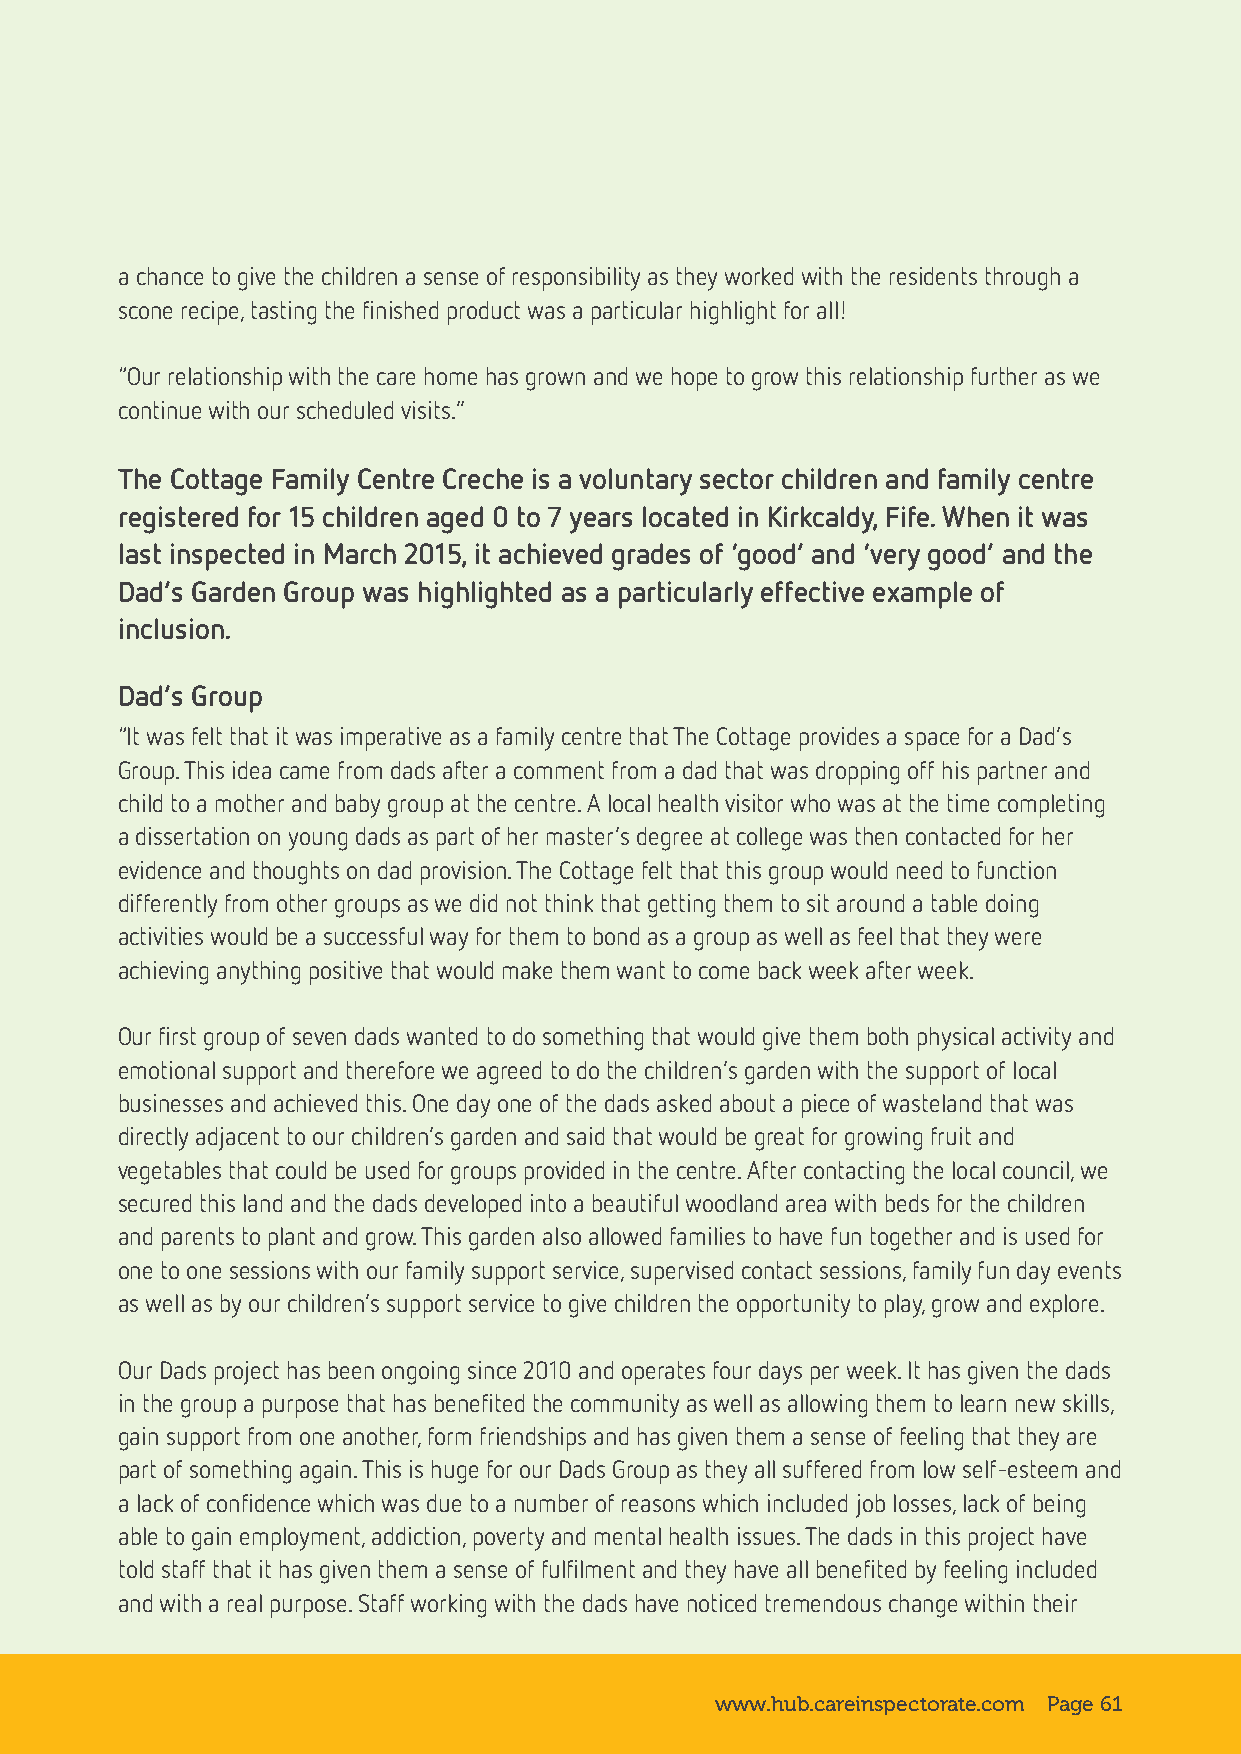
a chance to give the children a sense of responsibility as they worked with the residents through a
 scone recipe, tasting the finished product was a particular highlight for all!
 “Our relationship with the care home has grown and we hope to grow this relationship further as we
 continue with our scheduled visits.”
 The Cottage Family Centre Creche is a voluntary sector children and family centre
 registered for 15 children aged 0 to 7 years located in Kirkcaldy, Fife. When it was
 last inspected in March 2015, it achieved grades of ‘good’ and ‘very good’ and the
 Dad’s Garden Group was highlighted as a particularly effective example of
 inclusion.
 Dad’s Group
 “It was felt that it was imperative as a family centre that The Cottage provides a space for a Dad’s
 Group. This idea came from dads after a comment from a dad that was dropping off his partner and
 child to a mother and baby group at the centre. A local health visitor who was at the time completing
 a dissertation on young dads as part of her master’s degree at college was then contacted for her
 evidence and thoughts on dad provision. The Cottage felt that this group would need to function
 differently from other groups as we did not think that getting them to sit around a table doing
 activities would be a successful way for them to bond as a group as well as feel that they were
 achieving anything positive that would make them want to come back week after week.
 Our first group of seven dads wanted to do something that would give them both physical activity and
 emotional support and therefore we agreed to do the children’s garden with the support of local
 businesses and achieved this. One day one of the dads asked about a piece of wasteland that was
 directly adjacent to our children’s garden and said that would be great for growing fruit and
 vegetables that could be used for groups provided in the centre. After contacting the local council, we
 secured this land and the dads developed into a beautiful woodland area with beds for the children
 and parents to plant and grow. This garden also allowed families to have fun together and is used for
 one to one sessions with our family support service, supervised contact sessions, family fun day events
 as well as by our children’s support service to give children the opportunity to play, grow and explore.
 Our Dads project has been ongoing since 2010 and operates four days per week. It has given the dads
 in the group a purpose that has benefited the community as well as allowing them to learn new skills,
 gain support from one another, form friendships and has given them a sense of feeling that they are
 part of something again. This is huge for our Dads Group as they all suffered from low self-esteem and
 a lack of confidence which was due to a number of reasons which included job losses, lack of being
 able to gain employment, addiction, poverty and mental health issues. The dads in this project have
 told staff that it has given them a sense of fulfilment and they have all benefited by feeling included
 and with a real purpose. Staff working with the dads have noticed tremendous change within their
 www.hub.careinspectorate.com Page 61